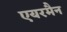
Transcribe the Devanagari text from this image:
एयरमैन